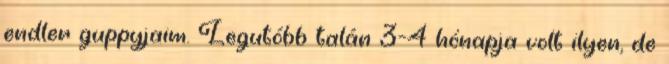
endler guppyjaim. Legutóbb talán 3-4 hónapja volt ilyen, de